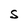
Character: S